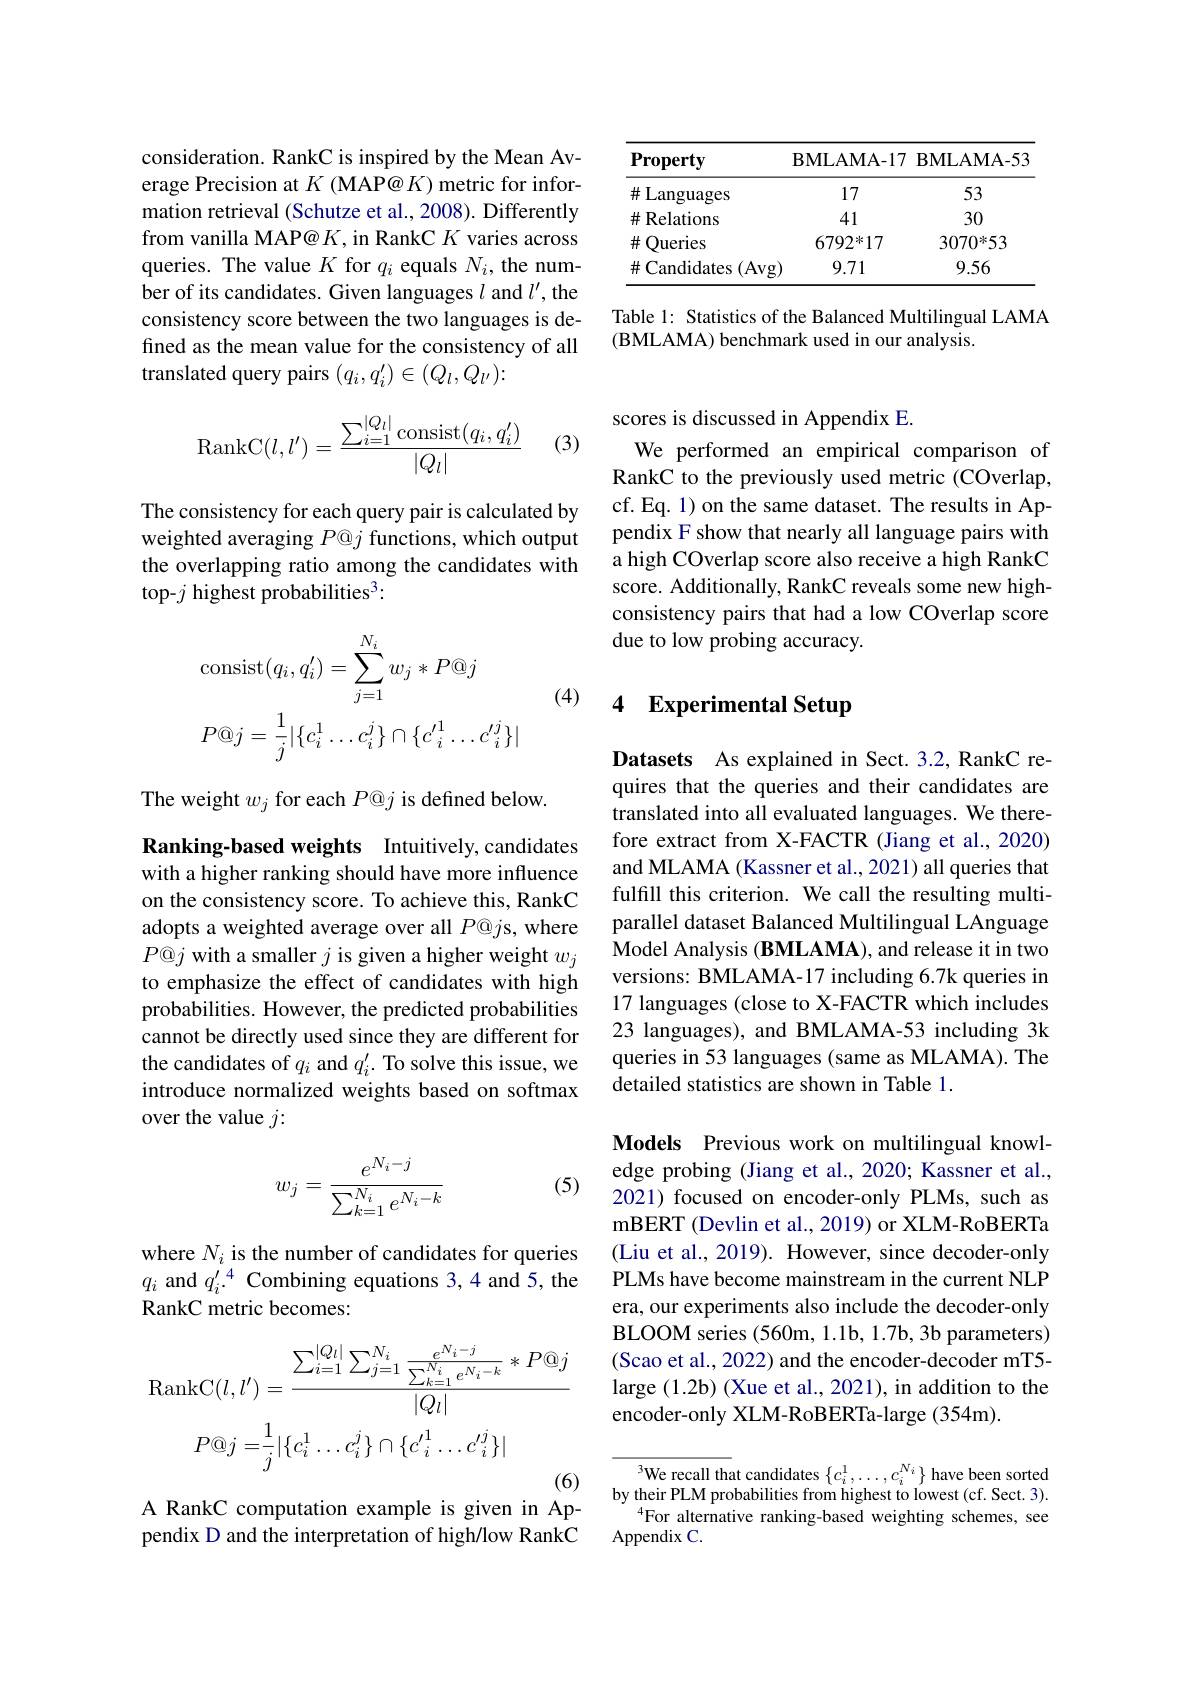
<table>
	<tbody>
		<tr>
			<th>$\mathbf{Property}$</th>
			<th>$\mathbf{BMLAMA-17}$</th>
			<th>$\mathbf{BMLAMA-53}$</th>
		</tr>
		<tr>
			<td>$\#$Languages</td>
			<td>17</td>
			<td>53</td>
		</tr>
		<tr>
			<td>$\#$Relations</td>
			<td>41</td>
			<td>30</td>
		</tr>
		<tr>
			<td>$\#$ Queries</td>
			<td>$6792^{*}17$</td>
			<td>$3070^{*}53$</td>
		</tr>
		<tr>
			<td>$\#$Candidates (Av</td>
			<td>$g)$ 9.71</td>
			<td>9.56</td>
		</tr>
	</tbody>
</table>

Table 1: Statistics of the Balanced Multilingual LAMA
(BMLAMA) benchmark used in our analysis.

consideration. RankC is inspired by the Mean Average Precision at $K$ (MAP@ $K$) metric for information retrieval (Schutze et al., 2008). Differently from vanilla MAP@ $K$, in RankC $K$ varies across queries. The value $K$ for $q_i$ equals $N_i$,the number of its candidates. Given languages $l$ and $l^\prime$, the consistency score between the two languages is defined as the mean value for the consistency of all translated query pairs $(q_i,q_i^{\prime})\in(Q_l,Q_{l^{\prime}}){:}$

(3)
$$\mathrm{RankC}(l,l')=\frac{\sum_{i=1}^{|Q_l|}\mathrm{consist}(q_i,q'_i)}{|Q_l|}$$
The consistency for each query pair is calculated by weighted averaging $P@j$ functions, which output the overlapping ratio among the candidates with top-$j$ highest probabilities$^3:$
$$\begin{aligned}&\mathrm{consist}(q_{i},q_{i}^{\prime})=\sum_{j=1}^{N_{i}}w_{j}*P@j\\&P@j=\frac{1}{j}|\{c_{i}^{1}\ldots c_{i}^{j}\}\cap\{c_{i}^{\prime1}\ldots c_{i}^{\prime j}\}|\end{aligned}$$
(4)

The weight $w_j$ for each $P@j$ is defined below.

Ranking-based weights Intuitively,candidates with a higher ranking should have more influence on the consistency score. To achieve this, RankC adopts a weighted average over all $P@j$s, where $P@j$ with a smaller $j$ is given a higher weight $w_j$ to emphasize the effect of candidates with high probabilities. However, the predicted probabilities cannot be directly used since they are different for the candidates of $q_i$ and $q_i^{\prime}.$ To solve this issue, we introduce normalized weights based on softmax over the value $j:$

(5)
$$w_j=\frac{e^{N_i-j}}{\sum_{k=1}^{N_i}e^{N_i-k}}$$
where $N_i$ is the number of candidates for queries $q_i$ and $q_i^{\prime}.^4$ Combining equations 3,4 and 5, the RankC metric becomes:
$$\mathrm{RankC}(l,l')=\frac{\sum_{i=1}^{|Q_{l}|}\sum_{j=1}^{N_{i}}\frac{e^{N_{i}-j}}{\sum_{k=1}^{N_{i}}e^{N_{i}-k}}*P@j}{|Q_{l}|}\\P@j=\frac{1}{j}|\{c_{i}^{1}\ldots c_{i}^{j}\}\cap\{c_{i}^{\prime1}\ldots c_{i}^{\prime j}\}|$$
A RankC computation example is given in Ap-

pendix D and the interpretation of high/low RankC

scores is discussed in Appendix E.

We performed an empirical comparison of RankC to the previously used metric (COverlap, cf. Eq. 1) on the same dataset. The results in Appendix F show that nearly all language pairs with a high COverlap score also receive a high RankC score. Additionally, RankC reveals some new highconsistency pairs that had a low COverlap score due to low probing accuracy.

## 4 Experimental Setup

Datasets As explained in Sect.3.2, RankC requires that the queries and their candidates are translated into all evaluated languages. We therefore extract from X-FACTR (Jiang et al., 2020) and MLAMA (Kassner et al., 2021) all queries that fulfill this criterion. We call the resulting multiparallel dataset Balanced Multilingual LAnguage Model Analysis (BMLAMA), and release it in two versions: BMLAMA-17 including 6.7k queries in 17 languages (close to X-FACTR which includes 23 languages), and BMLAMA-53 including 3k queries in 53 languages (same as MLAMA). The detailed statistics are shown in Table 1.

Models Previous work on multilingual knowledge probing (Jiang et al., 2020; Kassner et al., 2021) focused on encoder-only PLMs, such as mBERT (Devlin et al., 2019) or XLM-RoBERTa (Liu et al., 2019). However, since decoder-only PLMs have become mainstream in the current NLP era, our experiments also include the decoder-only BLOOM series (560m, 1.1b, 1.7b, 3b parameters) (Scao et al., 2022) and the encoder-decoder mT5- large (1.2b) (Xue et al., 2021), in addition to the encoder-only XLM-RoBERTa-large (354m).

We recall that candidates $\{c_i^1,\ldots,c_i^{N_i}\}$ have been sorted by their PLM probabilities from highest to lowest (cf. Sect. 3).
$^{4}$For alternative ranking-based weighting schemes, see
Appendix C.